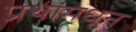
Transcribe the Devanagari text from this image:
प्रथांमधून